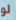
لو